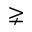
\gneq